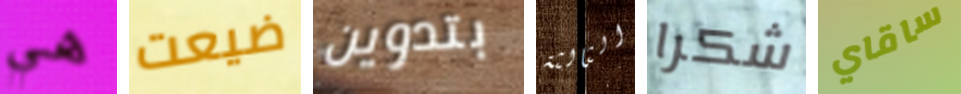
هي ضيعت بتدوين الثالثة شكرا ساقاي